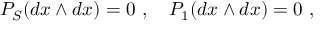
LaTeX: { \cal P } _ { S } ( d x \wedge d x ) = 0 \ , \quad { \cal P } _ { 1 } ( d x \wedge d x ) = 0 \ ,